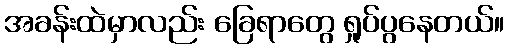
အခန်းထဲမှာလည်း ခြေရာတွေ ရှုပ်ပွနေတယ်။